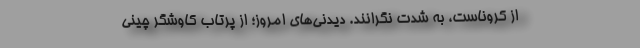
از کروناست، به شدت نگرانند. دیدنی‌های امروز؛ از پرتاب کاوشگر چینی